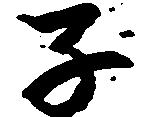
子